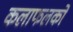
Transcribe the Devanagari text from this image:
कलाफलकों